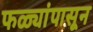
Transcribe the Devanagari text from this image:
फळ्यांपासून